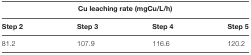
<table><thead><tr><td colspan="4"><b>Cu leaching rate (mgCu/L/h)</b></td></tr></thead><tbody><tr><td><b>Step 2</b></td><td><b>Step 3</b></td><td><b>Step 4</b></td><td><b>Step 5</b></td></tr><tr><td>81.2</td><td>107.9</td><td>116.6</td><td>120.2</td></tr></tbody></table>